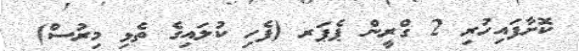
ކޮށާފައިހުރި 2 ގްރީން ޕެޕަރ (ފެހި ކުލައިގެ ތެޅި މިރުސް)